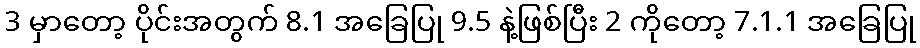
3 မှာတော့ ပိုင်းအတွက် 8.1 အခြေပြု 9.5 နဲ့ဖြစ်ပြီး 2 ကိုတော့ 7.1.1 အခြေပြု